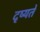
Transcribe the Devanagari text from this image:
दृष्यते